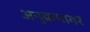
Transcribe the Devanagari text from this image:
अनुक्रमावर